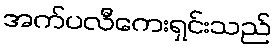
အက်ပလီကေးရှင်းသည်